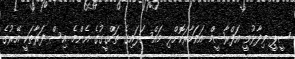
ސީޕީ ވިދާޅުވީ އަފްރާޝީމް އަވަހާރަކޮށްލި މައްސަލައިގެ ތަހްގީގުގެ އެންމެ އިސް ފަރާތަކީ އޭރުގެ